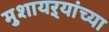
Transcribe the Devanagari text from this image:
मुशायऱ्यांच्या